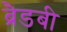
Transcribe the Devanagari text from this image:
ब्रैडबी